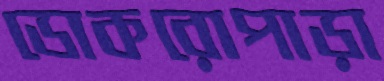
ডোকরোপাড়া